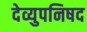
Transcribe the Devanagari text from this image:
देव्युपनिषद